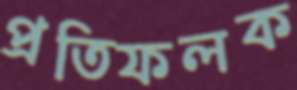
প্রতিফলক